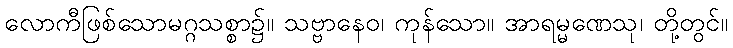
လောကီဖြစ်သောမဂ္ဂသစ္စာ၌။ သဗ္ဗာနေဝ၊ ကုန်သော။ အာရမ္မဏေသု၊ တို့တွင်။